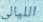
الليالي